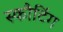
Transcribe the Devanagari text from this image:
स्कौटिंग